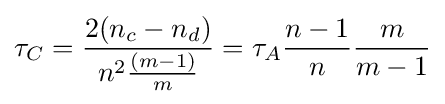
\tau _{C}={\frac {2(n_{c}-n_{d})}{n^{2}{\frac {(m-1)}{m}}}}=\tau _{A}{\frac {n-1}{n}}{\frac {m}{m-1}}